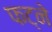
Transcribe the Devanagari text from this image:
फट्ने